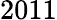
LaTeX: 2011